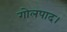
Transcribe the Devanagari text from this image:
गोलपाद।